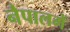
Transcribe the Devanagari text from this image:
नैपालमें